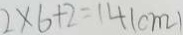
2 \times 6 + 2 = 1 4 ( c m )